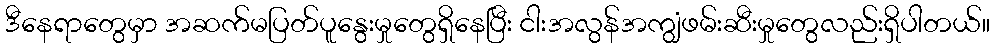
ဒီနေရာတွေမှာ အဆက်မပြတ်ပူနွေးမှုတွေရှိနေပြီး ငါးအလွန်အကျွံဖမ်းဆီးမှုတွေလည်းရှိပါတယ်။